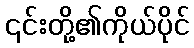
၎င်းတို့၏ကိုယ်ပိုင်